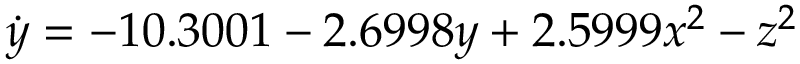
\dot { y } = - 1 0 . 3 0 0 1 - 2 . 6 9 9 8 y + 2 . 5 9 9 9 x ^ { 2 } - z ^ { 2 }